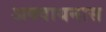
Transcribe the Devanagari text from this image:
अक्वायनास